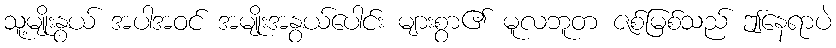
သူ့မျိုးနွယ် အပါအဝင် အမျိုးအနွယ်ပေါင်း များစွာ၏ မူလဘူတ ဇစ်မြစ်သည် ဤနေရာပဲ